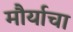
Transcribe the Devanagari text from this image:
मौर्याचा